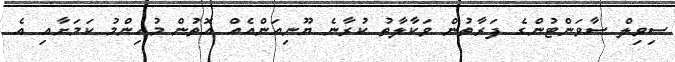
ސިވިލް ސާވަންޓުންގެ ފަރާތުން ވަކާލާތު ކުރާނެ ޔޫނިއަންއެއް އޮތުން މުހިންމު ކަމަށާއި އެ